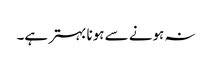
نہ ہونے سے ہونا بہتر ہے۔